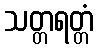
သတ္တရတ္တံ